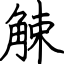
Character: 觫